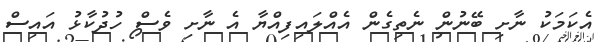
އެކަމަކު ނާށި ބޭނުން ނެތިގެން އެއްލައިފިއްޔާ އެ ނާށި ވެސް ހުދުކާޅު އައިސް